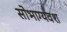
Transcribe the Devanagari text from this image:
सोभाग्यवश